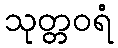
သုတ္တဝရံ